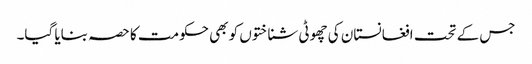
جس کے تحت افغانستان کی چھوٹی شناختوں کو بھی حکومت کا حصہ بنایا گیا۔